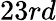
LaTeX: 23rd